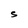
Character: S